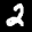
Label: 2